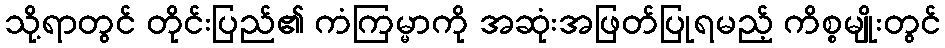
သို့ရာတွင် တိုင်းပြည်၏ ကံကြမ္မာကို အဆုံးအဖြတ်ပြုရမည့် ကိစ္စမျိုးတွင်